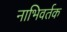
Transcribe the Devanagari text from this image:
नाभिवर्तक